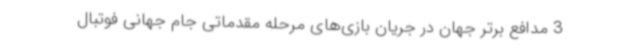
3 مدافع برتر جهان در جریان بازی‌های مرحله مقدماتی جام‌ جهانی فوتبال